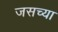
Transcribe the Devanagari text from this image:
जसच्या